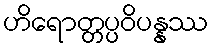
ဟိရောတ္တပ္ပဝိပန္နဿ